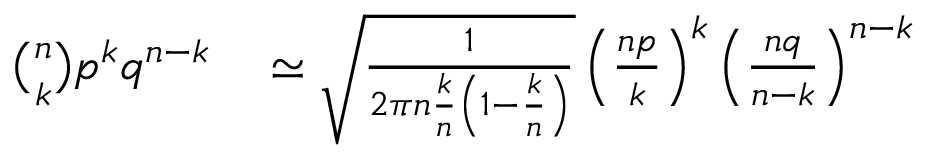
\begin{array} { r l } { { \binom { n } { k } } p ^ { k } q ^ { n - k } } & { { } \simeq { \sqrt { \frac { 1 } { 2 \pi n { \frac { k } { n } } \left( 1 - { \frac { k } { n } } \right) } } } \left( { \frac { n p } { k } } \right) ^ { k } \left( { \frac { n q } { n - k } } \right) ^ { n - k } } \end{array}